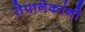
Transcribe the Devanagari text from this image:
तेपानेकांनी